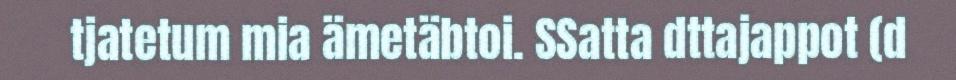
tjatetum mia ämetäbtoi. SSatta dttajappot (d